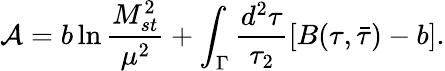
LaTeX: {\cal A}=b\ln\frac{M_{st}^{2}}{\mu^{2}}+\int_{\Gamma}\frac{d^{2}\tau}{\tau_{2}}[B(\tau,{\bar{\tau}})-b].